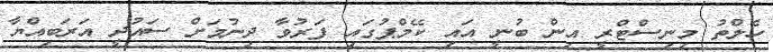
ހެލްތު މިނިސްޓްރީ އިން ބުނީ އައި ކޭމްޕުގައި ފަރުވާ ދިނުމަށް ސައުދީ އަރަބިއްޔާ